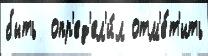
быть  опр'ед'ел'и́л отм'е́т'ить